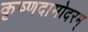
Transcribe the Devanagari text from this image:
कृष्णदामोदरम्